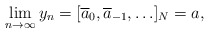
\begin{align*} \lim_{n \rightarrow \infty} y_n =[\overline{a}_0, \overline{a}_{-1}, \ldots]_N = a, \end{align*}